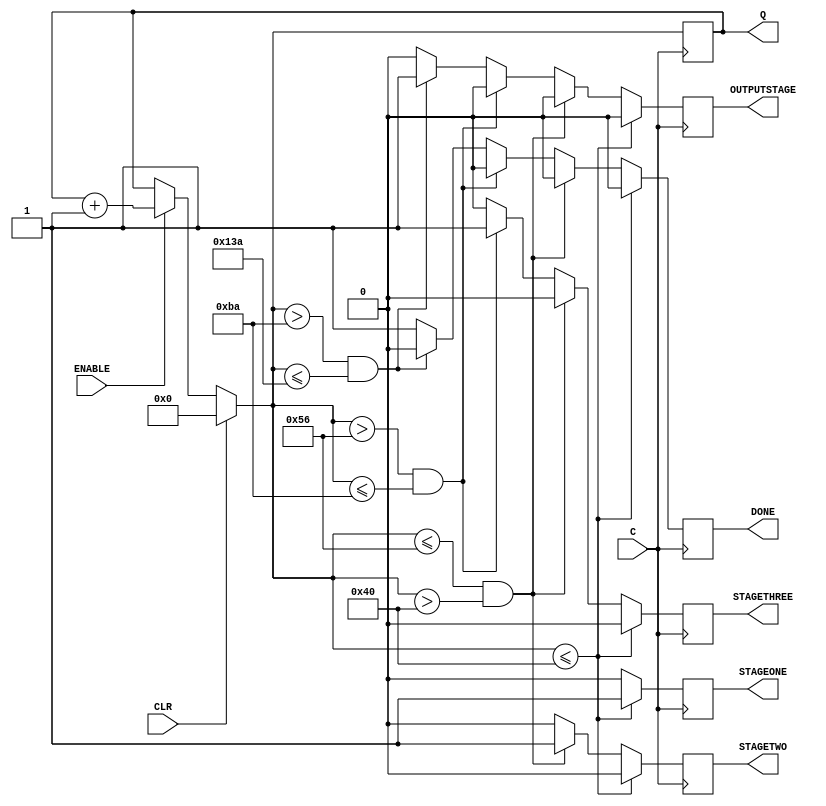
module a51counter (C, CLR, Q, ENABLE, STAGEONE, STAGETWO, STAGETHREE, OUTPUTSTAGE, DONE);
input C, CLR, ENABLE;
output [9:0] Q;
output reg STAGEONE, STAGETWO, STAGETHREE,OUTPUTSTAGE, DONE;
reg [9:0] tmp;

  always @(posedge C) begin
    if (CLR) begin
      tmp = 10'd0;
    end else if (ENABLE) begin
		  tmp = tmp + 10'd1;
    end
	  if (tmp <= 10'd64) begin
			STAGEONE <= 1;
			STAGETWO <= 0;
			STAGETHREE <= 0;
      OUTPUTSTAGE <= 0;
      DONE <= 0;
		end else if (tmp <= 10'd86 && tmp>10'd64) begin
			STAGEONE <= 0;
			STAGETWO <= 1;
			STAGETHREE <= 0;
      OUTPUTSTAGE <= 0;
      DONE <= 0;
		end else if (tmp > 10'd86 && tmp<=10'd186) begin
			STAGEONE <= 0;
			STAGETWO <= 0;
			STAGETHREE <= 1;
      OUTPUTSTAGE <= 0;
      DONE <= 0;
    end else if (tmp > 10'd186 && tmp<=10'd314) begin
			STAGEONE <= 0;
			STAGETWO <= 0;
			STAGETHREE <= 0;
      OUTPUTSTAGE <= 1;
      DONE <= 0;
	  end else begin
			STAGEONE <= 0;
			STAGETWO <= 0;
			STAGETHREE <= 0;
      OUTPUTSTAGE <= 0;
      DONE <= 1;
	  end
  end
  assign Q = tmp;
endmodule